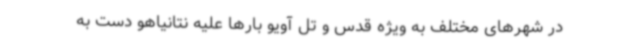
در شهرهای مختلف به ویژه قدس و تل آویو بارها علیه نتانیاهو دست به